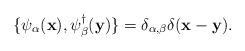
LaTeX: \begin{align*}\{\psi_\alpha({\bf x}), \psi^\dagger_\beta({\bf y})\} =\delta_{\alpha,\beta}\delta({\bf x - y}). \end{align*}